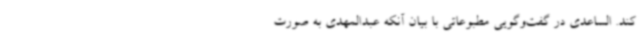
کند. الساعدی در گفت‌وگویی مطبوعاتی با بیان آنکه عبدالمهدی به صورت